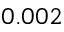
0 . 0 0 2